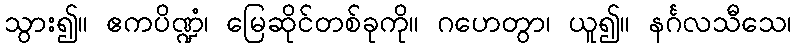
သွား၍။ ဧကပိဏ္ဍံ၊ မြေဆိုင်တစ်ခုကို။ ဂဟေတွာ၊ ယူ၍။ နင်္ဂလသီသေ၊